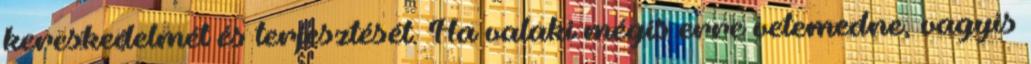
kereskedelmét és terjesztését. Ha valaki mégis erre vetemedne, vagyis